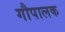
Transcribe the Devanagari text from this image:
गौपालक